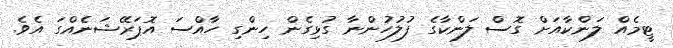
ޓީމެއް ލަންކާއަށް ގޮސް ލަންކާގެ ފުލުހުންނާ ގުޅިގެން ހިންގި ހާއްސަ އޮޕަރޭޝަނެެއްގަ އެވެ.